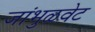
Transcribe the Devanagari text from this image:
जांभुळवेट